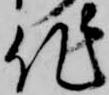
作